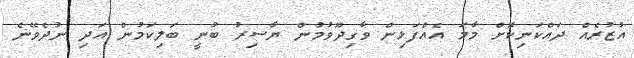
އުޒުރެއް ދައްކަނިކޮށް މާމަ އެއްފަޅިން ވާގިދޫވުމުން ޔާސިރު ބުނީ ބަލިކަމުން އަދި ނުދެވޭނެ